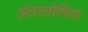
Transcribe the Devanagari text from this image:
अंतालोगिया